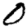
Digit: 0